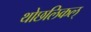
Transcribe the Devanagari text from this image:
थोछलिकल्